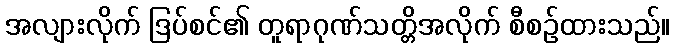
အလျားလိုက် ဒြပ်စင်၏ တူရာဂုဏ်သတ္တိအလိုက် စီစဉ်ထားသည်။